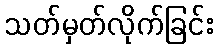
သတ်မှတ်လိုက်ခြင်း